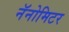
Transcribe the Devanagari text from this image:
नॅनोमिटर